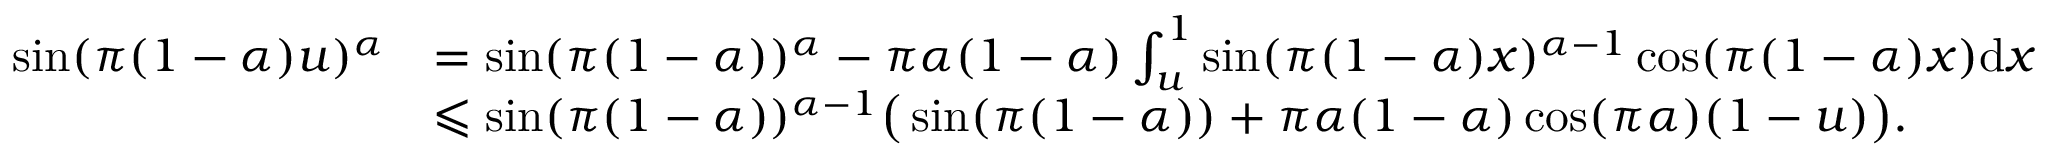
\begin{array} { r l } { \sin ( \pi ( 1 - \alpha ) u ) ^ { \alpha } } & { = \sin ( \pi ( 1 - \alpha ) ) ^ { \alpha } - \pi \alpha ( 1 - \alpha ) \int _ { u } ^ { 1 } \sin ( \pi ( 1 - \alpha ) x ) ^ { \alpha - 1 } \cos ( \pi ( 1 - \alpha ) x ) \mathrm { d } x } \\ & { \leqslant \sin ( \pi ( 1 - \alpha ) ) ^ { \alpha - 1 } \big ( \sin ( \pi ( 1 - \alpha ) ) + \pi \alpha ( 1 - \alpha ) \cos ( \pi \alpha ) ( 1 - u ) \big ) . } \end{array}